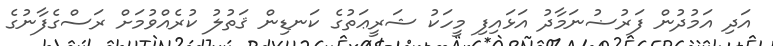
އަދި އަމުދުން ފަރުޟުނަމާދު އަޅައިފި މީހަކު ޝަރީޢަތުގެ ކަނޑިން ޤަތުލު ކުރެއްވުމަށް ރަސްގެފާނުގެ